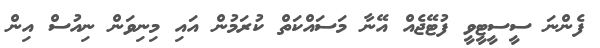
ފެންނަ ސީސީޓީވީ ފުޓޭޖެއް އޭނާ މަސައްކަތް ކުރަމުން އައި މިނިވަން ނިއުސް އިން